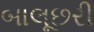
બાલૂછરી